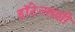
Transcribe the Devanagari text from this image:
हॉटेल्सशी